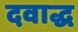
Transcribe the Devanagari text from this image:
दवाद्ध